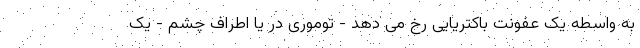
به واسطه یک عفونت باکتریایی رخ می دهد - توموری در یا اطراف چشم - یک